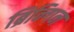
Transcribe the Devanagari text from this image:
ब्रिन्गिन